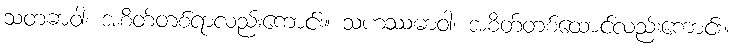
သတဓာဝါ၊ အစိတ်တစ်ရာလည်းကောင်း။ သဟဿဓာဝါ၊ အစိတ်တစ်ထောင်လည်းကောင်း။